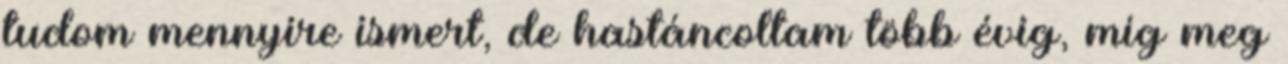
tudom mennyire ismert, de hastáncoltam több évig, míg meg